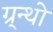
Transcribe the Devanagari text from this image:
ग्र्न्थो